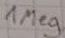
Text: 1Meg.